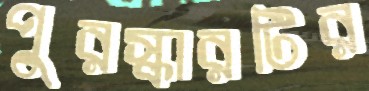
পুরস্কারটির